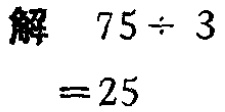
解 \(75\div 3=25\)